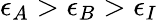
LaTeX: \epsilon_{A}>\epsilon_{B}>\epsilon_{I}